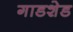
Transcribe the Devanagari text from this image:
गाडशेड